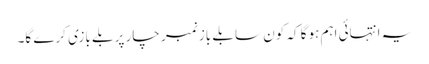
یہ انتہائی اہم ہوگا کہ کون سا بلے باز نمبر چار پر بلے بازی کرے گا۔